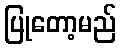
ပြုတော့မည်